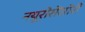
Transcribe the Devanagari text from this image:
नयूरोसेंसोरी